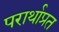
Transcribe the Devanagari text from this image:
परार्थाप्रत